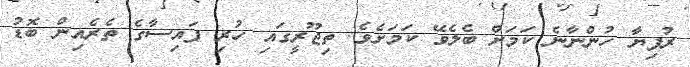
ރުފިޔާ ހުންނާނެ ކަމަށް ބެލެވޭ ކަމަށެވެ. ތިޖޫރީގައި ހުރި ފައިސާގެ ތެރެއިން ބޮޑު